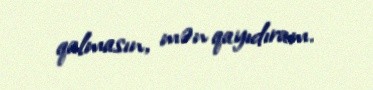
qalmasın, mən qayıdıram.